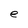
Character: e